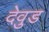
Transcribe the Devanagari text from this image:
देवुड